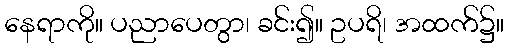
နေရာကို။ ပညာပေတွာ၊ ခင်း၍။ ဥပရိ၊ အထက်၌။